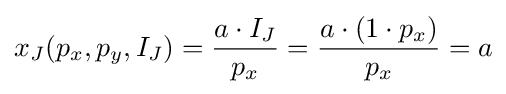
x_{J}(p_{x},p_{y},I_{J})={\frac {a\cdot I_{J}}{p_{x}}}={\frac {a\cdot (1\cdot p_{x})}{p_{x}}}=a